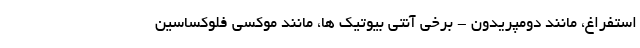
استفراغ، مانند دومپریدون - برخی آنتی بیوتیک ها، مانند موکسی فلوکساسین